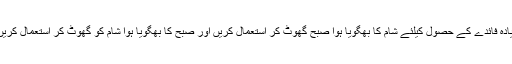
زیادہ فائدے کے حصول کیلئے شام کا بھگویا ہوا صبح گھوٹ کر استعمال کریں اور صبح کا بھگویا ہوا شام کو گھوٹ کر استعمال کریں ۔